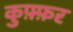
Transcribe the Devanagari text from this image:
कुफ़्फ़र